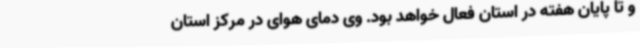
و تا پایان هفته در استان فعال خواهد بود. وی دمای هوای در مرکز استان